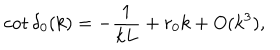
LaTeX: \cot \delta _ { 0 } ( k ) = - \frac { 1 } { k L } + r _ { 0 } k + O ( k ^ { 3 } ) ,